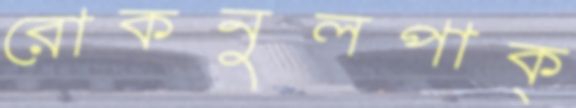
রোকনুলপাক্